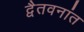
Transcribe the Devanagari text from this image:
द्वैतवनांत